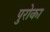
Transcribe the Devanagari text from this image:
पुरोका